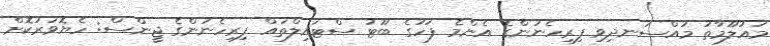
މައުލޫމާތު މުއްސަނދިވި ފިރިހެނުންގެ އެންމެ ފަހުގެ ބޫޓު ސްޓައިލްތައް ފިރިހެނުންގެ ޖީންސް: ހެޔޮވަރުކޮށް